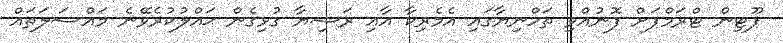
ޕޫޓިން ޓްރަމްޕަށް ފޮނުއްވި ތަހްނިޔާގައި އެމެރިކާ އާއި ރަޝިޔާ ގުޅިގެން ޙައްލުކުރެވޭނެ މައްސަލަތައް